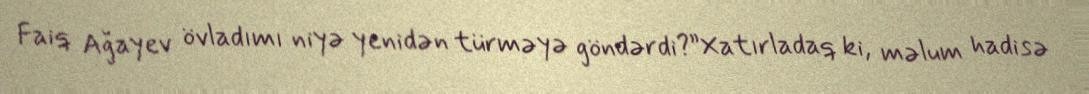
Faiq Ağayev övladımı niyə yenidən türməyə göndərdi?”Xatırladaq ki, məlum hadisə